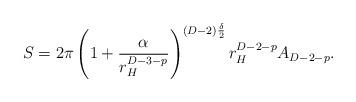
LaTeX: \begin{align*}S=2\pi \left(1+\frac{\alpha }{r_{H}^{D-3-p}}\right)^{(D-2)\frac{\delta}{2}}r_{H}^{D-2-p}A_{D-2-p}.\end{align*}